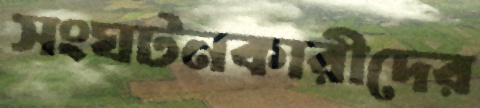
সংঘটনকারীদের